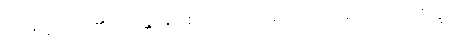
အာဇာနာမိ၊ သိ၏။ ဘန္တေ၊ မြတ်စွာဘုရား။ ဣဓ၊ ဤသာသနာတော်၌။ ဘိက္ခု၊